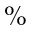
\%